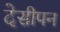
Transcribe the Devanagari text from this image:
देसीपन